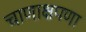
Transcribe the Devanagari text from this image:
चाणाक्षपणा